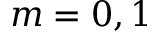
m = 0 , 1